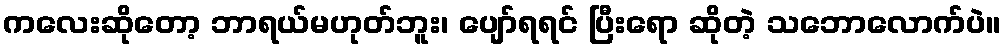
ကလေးဆိုတော့ ဘာရယ်မဟုတ်ဘူး၊ ပျော်ရရင် ပြီးရော ဆိုတဲ့ သဘောလောက်ပဲ။